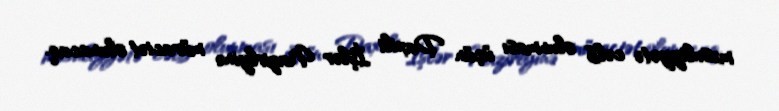
məsuliyyətə cəlb olunması üçün Daxili İşlər Nazirlyinə müraciət olunacaq.